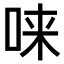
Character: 𫪁